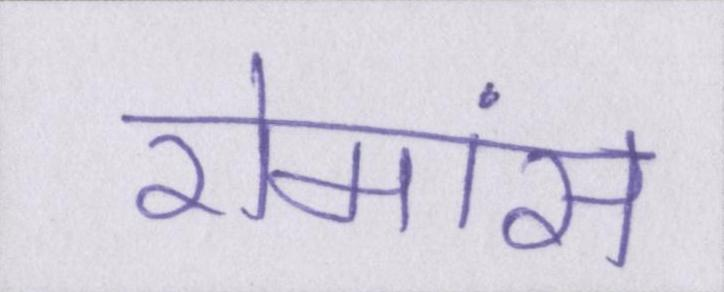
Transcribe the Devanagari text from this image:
रोमांस